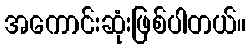
အကောင်းဆုံးဖြစ်ပါတယ်။